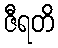
ဇီရတိ